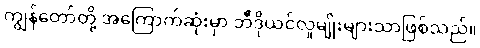
ကျွန်တော်တို့ အကြောက်ဆုံးမှာ ဘီဒိုယင်လူမျိုးများသာဖြစ်သည်။